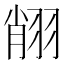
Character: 𦐺